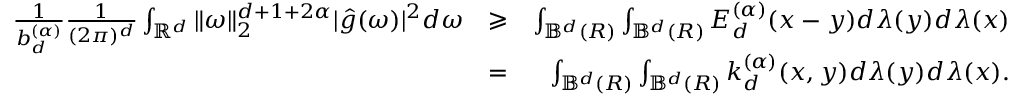
\begin{array} { r l r } { \frac { 1 } { b _ { d } ^ { ( \alpha ) } } \frac { 1 } { ( 2 \pi ) ^ { d } } \int _ { \mathbb { { R } } ^ { d } } \| \omega \| _ { 2 } ^ { d + 1 + 2 \alpha } | \hat { g } ( \omega ) | ^ { 2 } d \omega } & { \geqslant } & { \int _ { { \mathbb B } ^ { d } ( R ) } \int _ { { \mathbb B } ^ { d } ( R ) } E _ { d } ^ { ( \alpha ) } ( x - y ) d \lambda ( y ) d \lambda ( x ) } \\ & { = } & { \int _ { { \mathbb B } ^ { d } ( R ) } \int _ { { \mathbb B } ^ { d } ( R ) } k _ { d } ^ { ( \alpha ) } ( x , y ) d \lambda ( y ) d \lambda ( x ) . } \end{array}